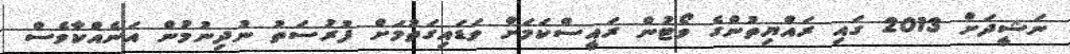
ނަޝީދަށް 2013 ގައި ރައްޔިތުންގެ ވޯޓުން ރައިީސްކަމަށް ވަޑައިގަތުމަށް ފުރުސަތު ނުދިނުމުން އަނެއްކާވެސް